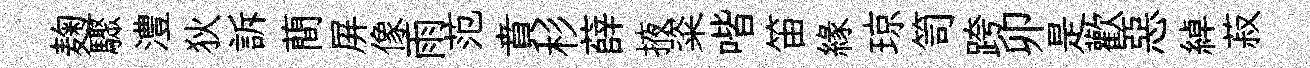
麹驟澧狄訴蕳屏像雨范賁杉薛掖粢喈笛緣琼笥跨卯是歡惡綽菽